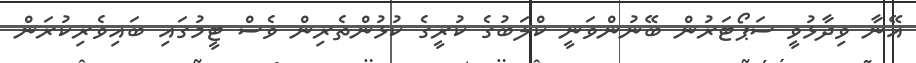
އޭނާ ވިދާޅުވީ ސަޕޯޓަރުން ބޭނުންވަނީ ކްލަބުގެ ކުރީގެ ކުޅުންތެރިން ވެސް ޓީމުގައި ބައިވެރިކުރަން